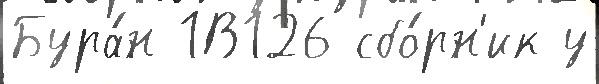
Бура́н 1В126 сбо́рн'ик у